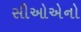
સીઓએનો